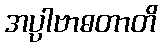
အပ္ပါဗာဓတာတိ